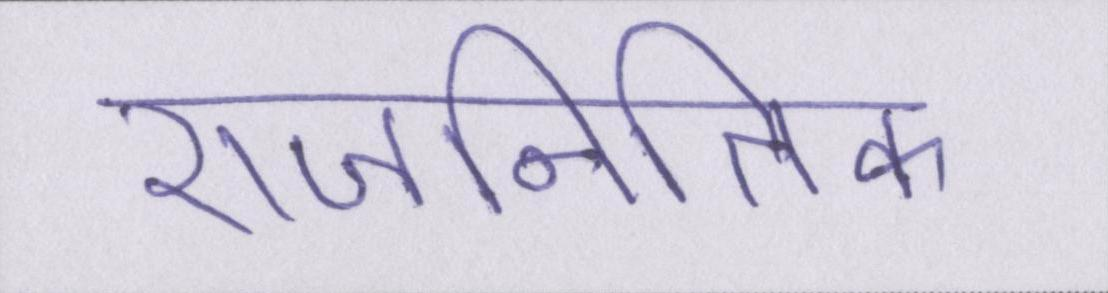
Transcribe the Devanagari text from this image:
राजनितिक